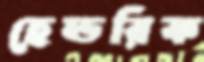
হেন্ডরিক